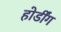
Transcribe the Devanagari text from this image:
होर्डींग